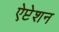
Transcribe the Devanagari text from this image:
ऐप्टेशन